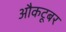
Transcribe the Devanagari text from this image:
औकटूबर